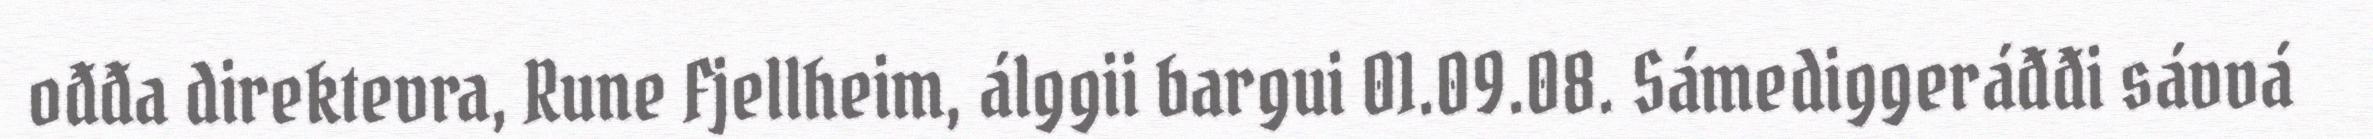
ođđa direktevra, Rune Fjellheim, álggii bargui 01.09.08. Sámediggeráđđi sávvá